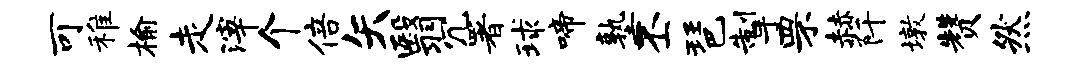
可稚榆走滓个倍矢翳冗署球啼塾丕琶掣罘赫阡墩赞然